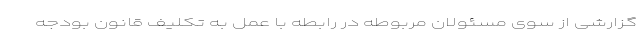
گزارشی از سوی مسئولان مربوطه در رابطه با عمل به تکلیف قانون بودجه